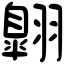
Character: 翺